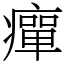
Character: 癉